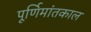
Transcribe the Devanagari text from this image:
पूर्णिमांतकाल